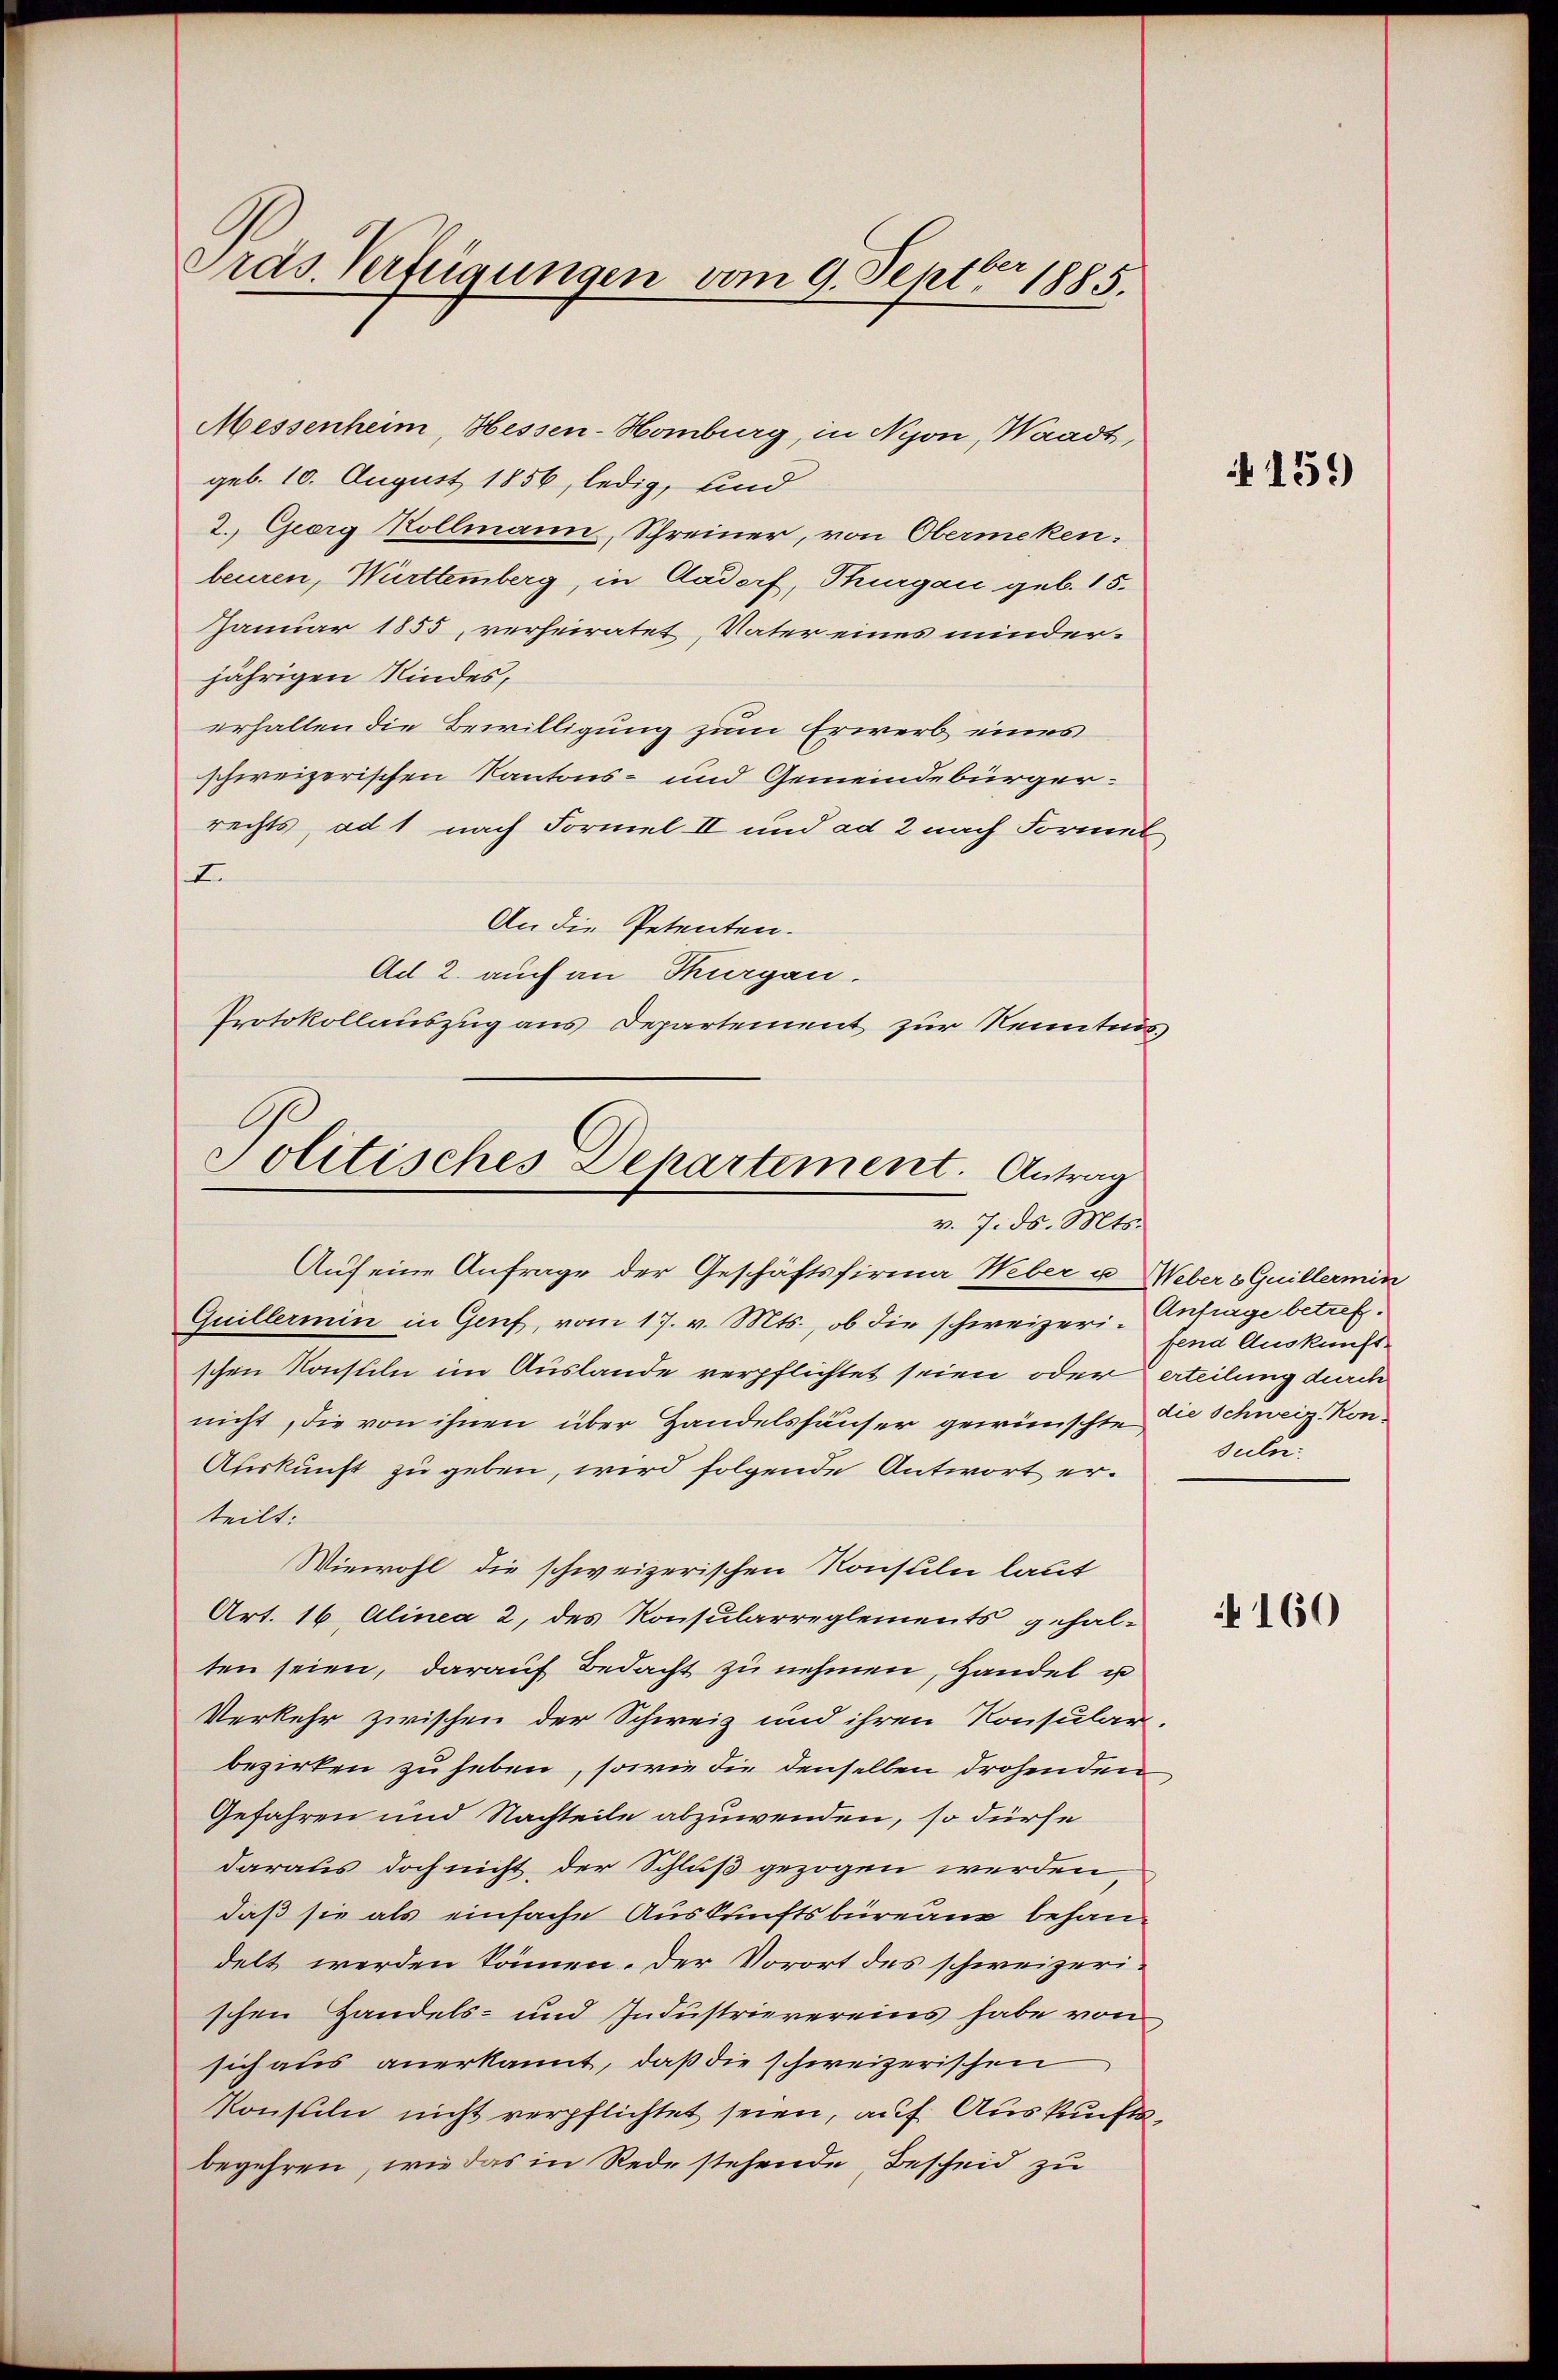
Präs. Verfügungen vom 9. Septer 1885.

Messenheim, Hessen-Homburg, in Nijon, Waadt,
geb. 10. August 1856, ledig, und
2. Georg Kollmann, Schreiner, von Obermeken.
beuren, Württemberg, in Aadorf, Thurgau geb. 15.
Januar 1855, verheiratet, Vater eines minder-
jährigen Kindes,
erhalten die Bewilligung zum Erwerb eines
schweizerischen Kantons- und Gemeindebürgerrechts, ad 1 nach Formel II und ad 2 nach Formel
I
An die Petenten.
Ad 2. auch an Thurgau.
Protokollauszug aus Departement zur Kenntnis,

Politisches Departement. Antrag
v. 7. ds. Mts.

Auf eine Anfrage der Geschäftsfirma Weber u. Weber 8 Guillermin
Guillermin in Genf, vom 17. v. Mts., ob die schweizeri-Antrage betrefschen Konsteln im Auslande verpflichtet seien oder erteilung durch
nicht, die von ihnen über Handelshäuser gewünschte die Schweiz. Kon¬
Auskunft zu geben, wird folgende Antwort erteilt:
Wiewohl die schweizerischen Konsuln laut
Art. 16 Alinea 2, des Konsularreglements gehal-
ten seien, darauf Bedacht zu nehmen, Handel u
Verkehr zwischen der Schweiz und ihren Konsular-
bezirken zu haben, sowie die denselben drohenden
Gefahren und Nachteile abzuwenden, so dürfe
daraus doch nicht der Schluß gezogen werden,
daß sie als einfache Auskunftsbüreau behaudelt werden können. Der Vorort des schweizeri-
schen Handels- und Industrievereins habe von
sich aus anerkannt, daß die schweizerischen
konsuln nicht verpflichtet seien, auf Auskunftsbegehren, wie das in Rede stehende Bescheid zu

4159

fend Auskunft
sulu

160